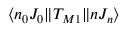
\langle n _ { 0 } J _ { 0 } \| T _ { M 1 } \| n J _ { n } \rangle